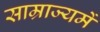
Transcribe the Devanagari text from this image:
साम्राज्यमें